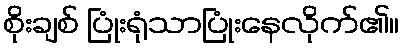
စိုးချစ် ပြုံးရုံသာပြုံးနေလိုက်၏။